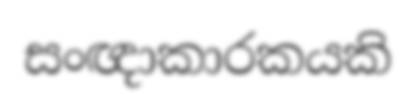
සංඥාකාරකයකි